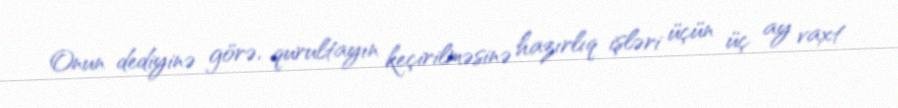
Onun dediyinə görə, qurultayın keçirilməsinə hazırlıq işləri üçün üç ay vaxt